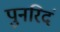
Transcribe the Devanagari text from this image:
पुनरिदं